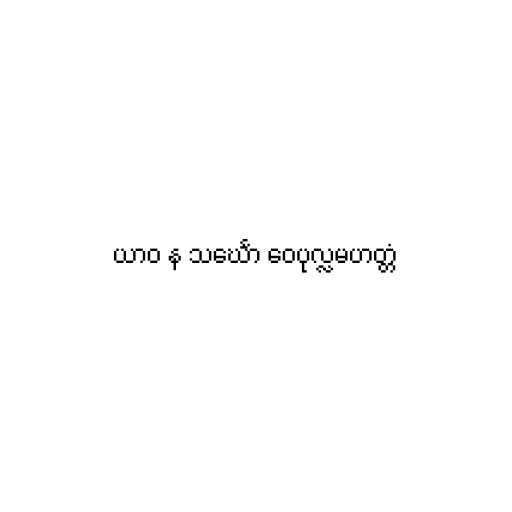
ယာဝ န သင်္ဃော ဝေပုလ္လမဟတ္တံ